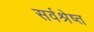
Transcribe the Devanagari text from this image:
सर्वश्रेष्त